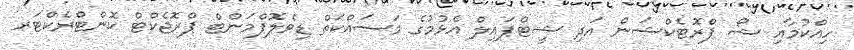
ހިއްކުމާއި ޝޯ ޕްރޮޓެކްޝަން އަދި ޝީޓްޕައިލް އެޅުމުގެ މަސައްކަތް ޑިވެލޮޕްމަންޓް ޕްރޮޖެކްޓް ކޮންޓްރެކްޓަރ